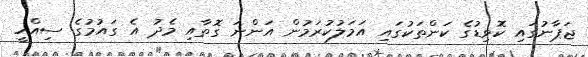
ޖަޕާނުގައި ކޮވިޑުގެ ކަންތަކުގައި އަމަލުކުރަމުން އަންނަ ގޮތާއި މެދު އެ ގައުމުގެ ސިއްހީ